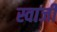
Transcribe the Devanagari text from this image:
स्वाजी